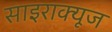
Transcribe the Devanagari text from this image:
साइराक्यूज